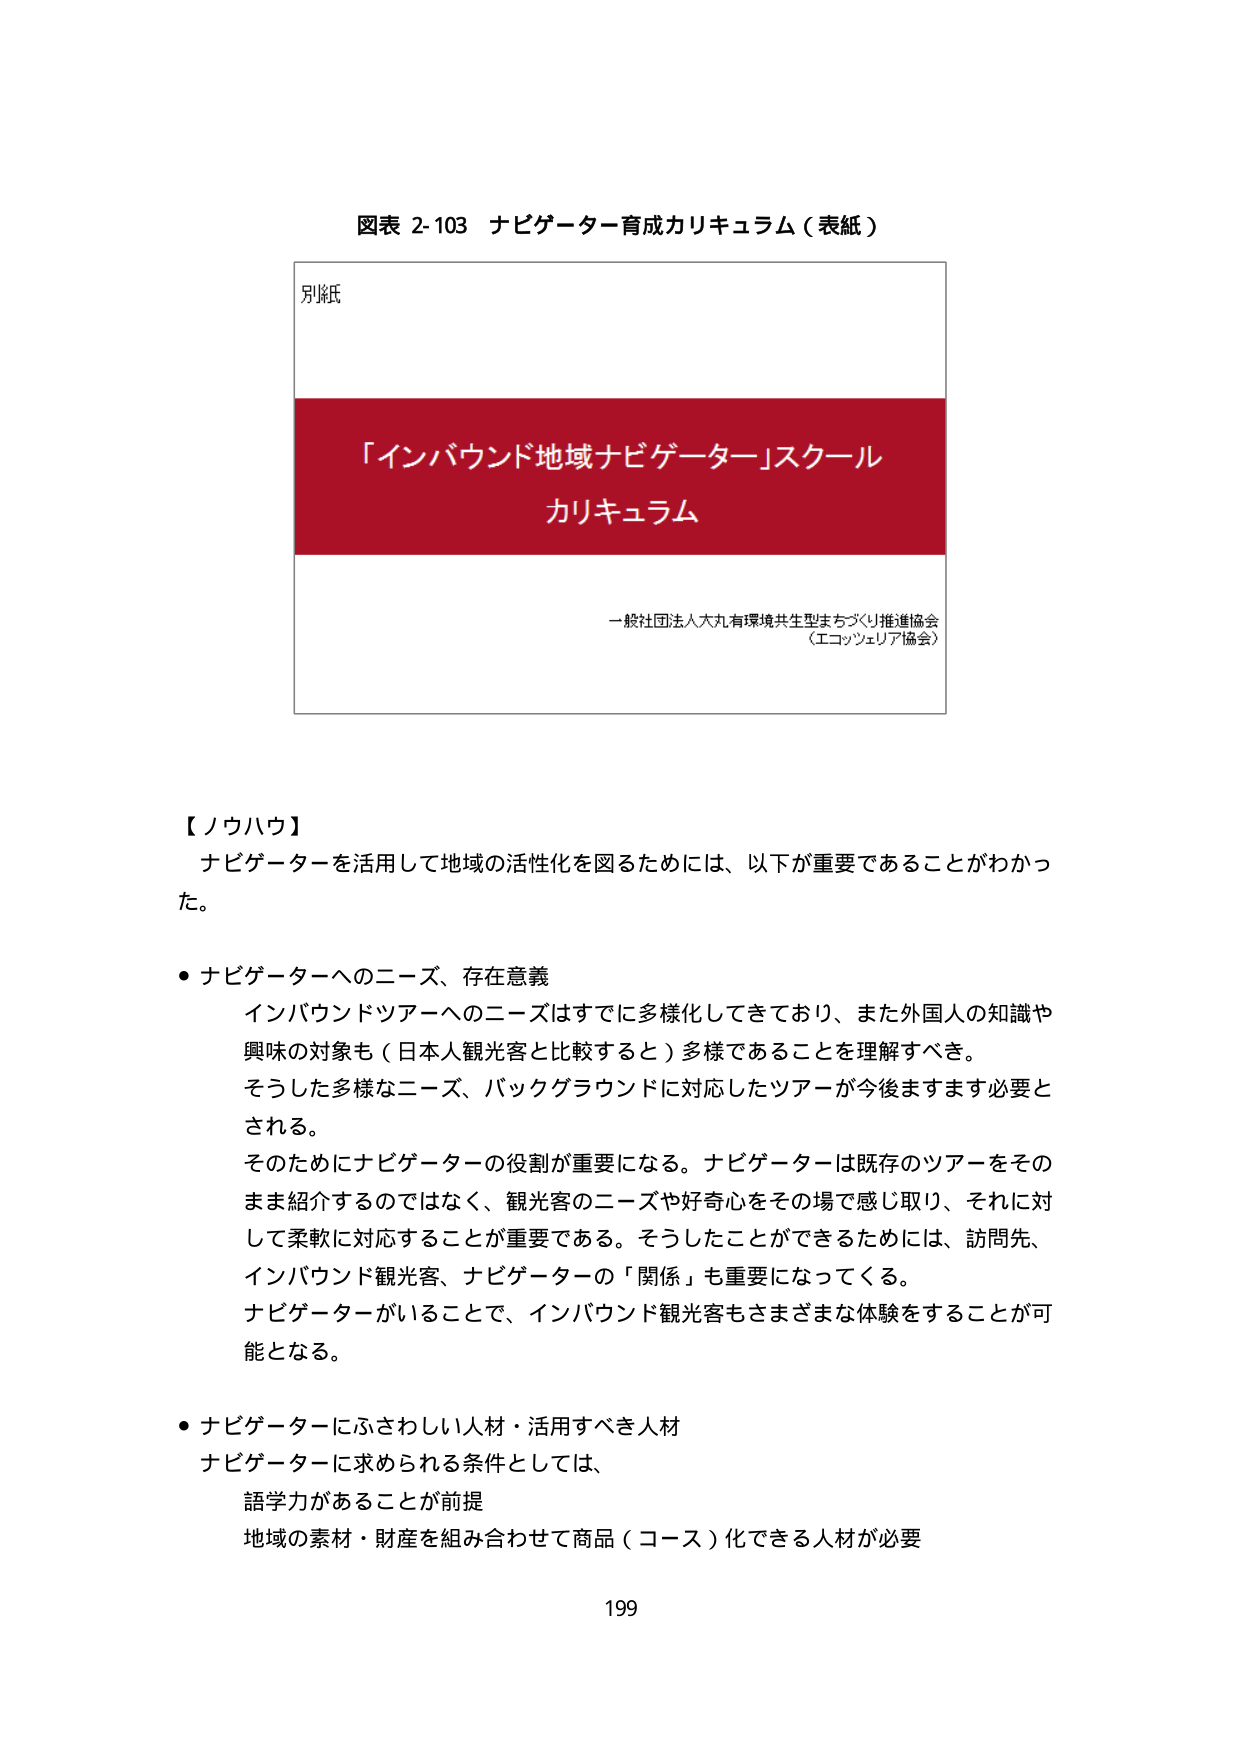
図表 2-103 ナビゲーター育成カリキュラム（表紙）

別紙

「インバウンド地域ナビゲーター」スクール
カリキュラム

一般社団法人大丸有環境共生型まちづくり推進協会
（エコッシェリア協会）

【ノウハウ】
ナビゲーターを活用して地域の活性化を図るためには、以下が重要であることがわかった。

・ナビゲーターへのニーズ、存在意義
インバウンドツアーへのニーズはすでに多様化してきており、また外国人の知識や
興味の対象も（日本人観光客と比較すると）多様であることを理解すべき。
そうした多様なニーズ、バックグラウンドに対応したツアーが今後ますます必要と
される。
そのためにナビゲーターの役割が重要になる。ナビゲーターは既存のツアーをその
まま紹介するのではなく、観光客のニーズや好奇心をその場で感じ取り、それに対
して柔軟に対応することが重要である。そうしたことができるためには、訪問先、
インバウンド観光客、ナビゲーターの「関係」も重要になってくる。
ナビゲーターがいることで、インバウンド観光客もさまざまな体験をすることが可
能となる。

・ナビゲーターにふさわしい人材・活用すべき人材
ナビゲーターに求められる条件としては、
語学力があることが前提
地域の素材・財産を組み合わせて商品（コース）化できる人材が必要

199